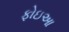
ફોઇઆ